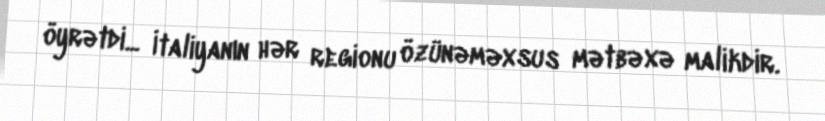
öyrətdi... İtaliyanın hər regionu özünəməxsus mətbəxə malikdir.